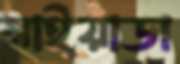
মাইয়াডা